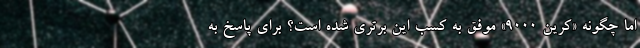
اما چگونه «کرین 9000» موفق به کسب این برتری شده است؟ برای پاسخ به